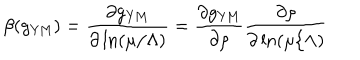
\beta ( g _ { \mathrm { Y M } } ) = \frac { \partial g _ { \mathrm { Y M } } } { \partial \ln ( \mu / \Lambda ) } = \frac { \partial g _ { \mathrm { Y M } } } { \partial \rho } \frac { \partial \rho } { \partial \ln ( \mu / \Lambda ) }